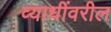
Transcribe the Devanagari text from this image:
व्याधींवरील